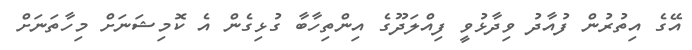
އޭގެ އިތުރުން ފުއާދު ވިދާޅުވީ ފިއްލަދޫގެ އިންތިހާބާ ގުޅިގެން އެ ކޮމިޝަނަށް މިހާތަނަށް